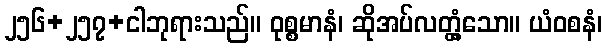
၂၅၆+၂၅၇+ငါဘုရားသည်။ ဝုစ္စမာနံ၊ ဆိုအပ်လတ္တံ့သော။ ယံဝစနံ၊